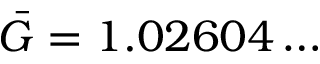
\bar { G } = 1 . 0 2 6 0 4 \dots